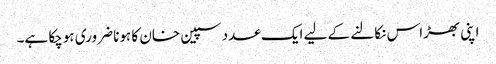
اپنی بھڑاس نکالنے کے لیے ایک عدد سپین خان کا ہونا ضروری ہوچکا ہے۔